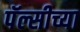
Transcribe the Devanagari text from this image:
पॅल्सीच्या